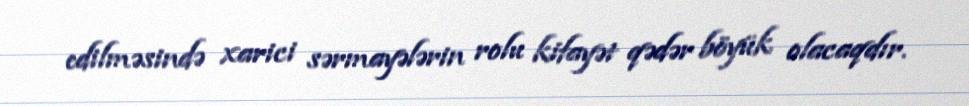
edilməsində xarici sərmayələrin rolu kifayət qədər böyük olacaqdır.